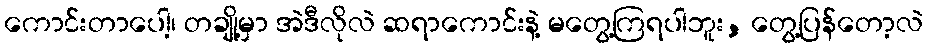
ကောင်းတာပေါ့၊ တချို့မှာ အဲဒီလိုလဲ ဆရာကောင်းနဲ့ မတွေ့ကြရပါဘူး, တွေ့ပြန်တော့လဲ